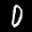
Label: 0